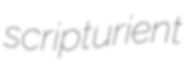
scripturient